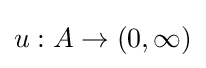
u:A\to (0,\infty )